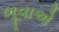
ભૂવાએ